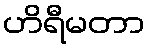
ဟိရီမတာ